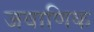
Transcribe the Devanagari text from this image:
जवाणिक